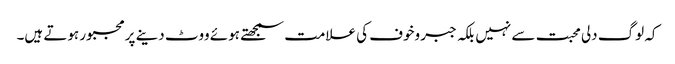
کہ لوگ دلی محبت سے نہیں بلکہ جبر وخوف کی علامت سمجھتے ہوئے ووٹ دینے پرمجبور ہوتے ہیں۔